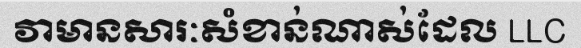
វាមានសារៈសំខាន់ណាស់ដែល LLC